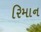
રિમાન